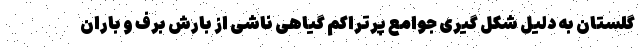
گلستان به دلیل شکل گیری جوامع پرتراکم گیاهی ناشی از بارش برف و باران